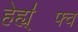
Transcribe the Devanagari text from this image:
हेह्य्॑फ्व